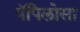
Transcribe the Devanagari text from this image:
पॅपिलोसा